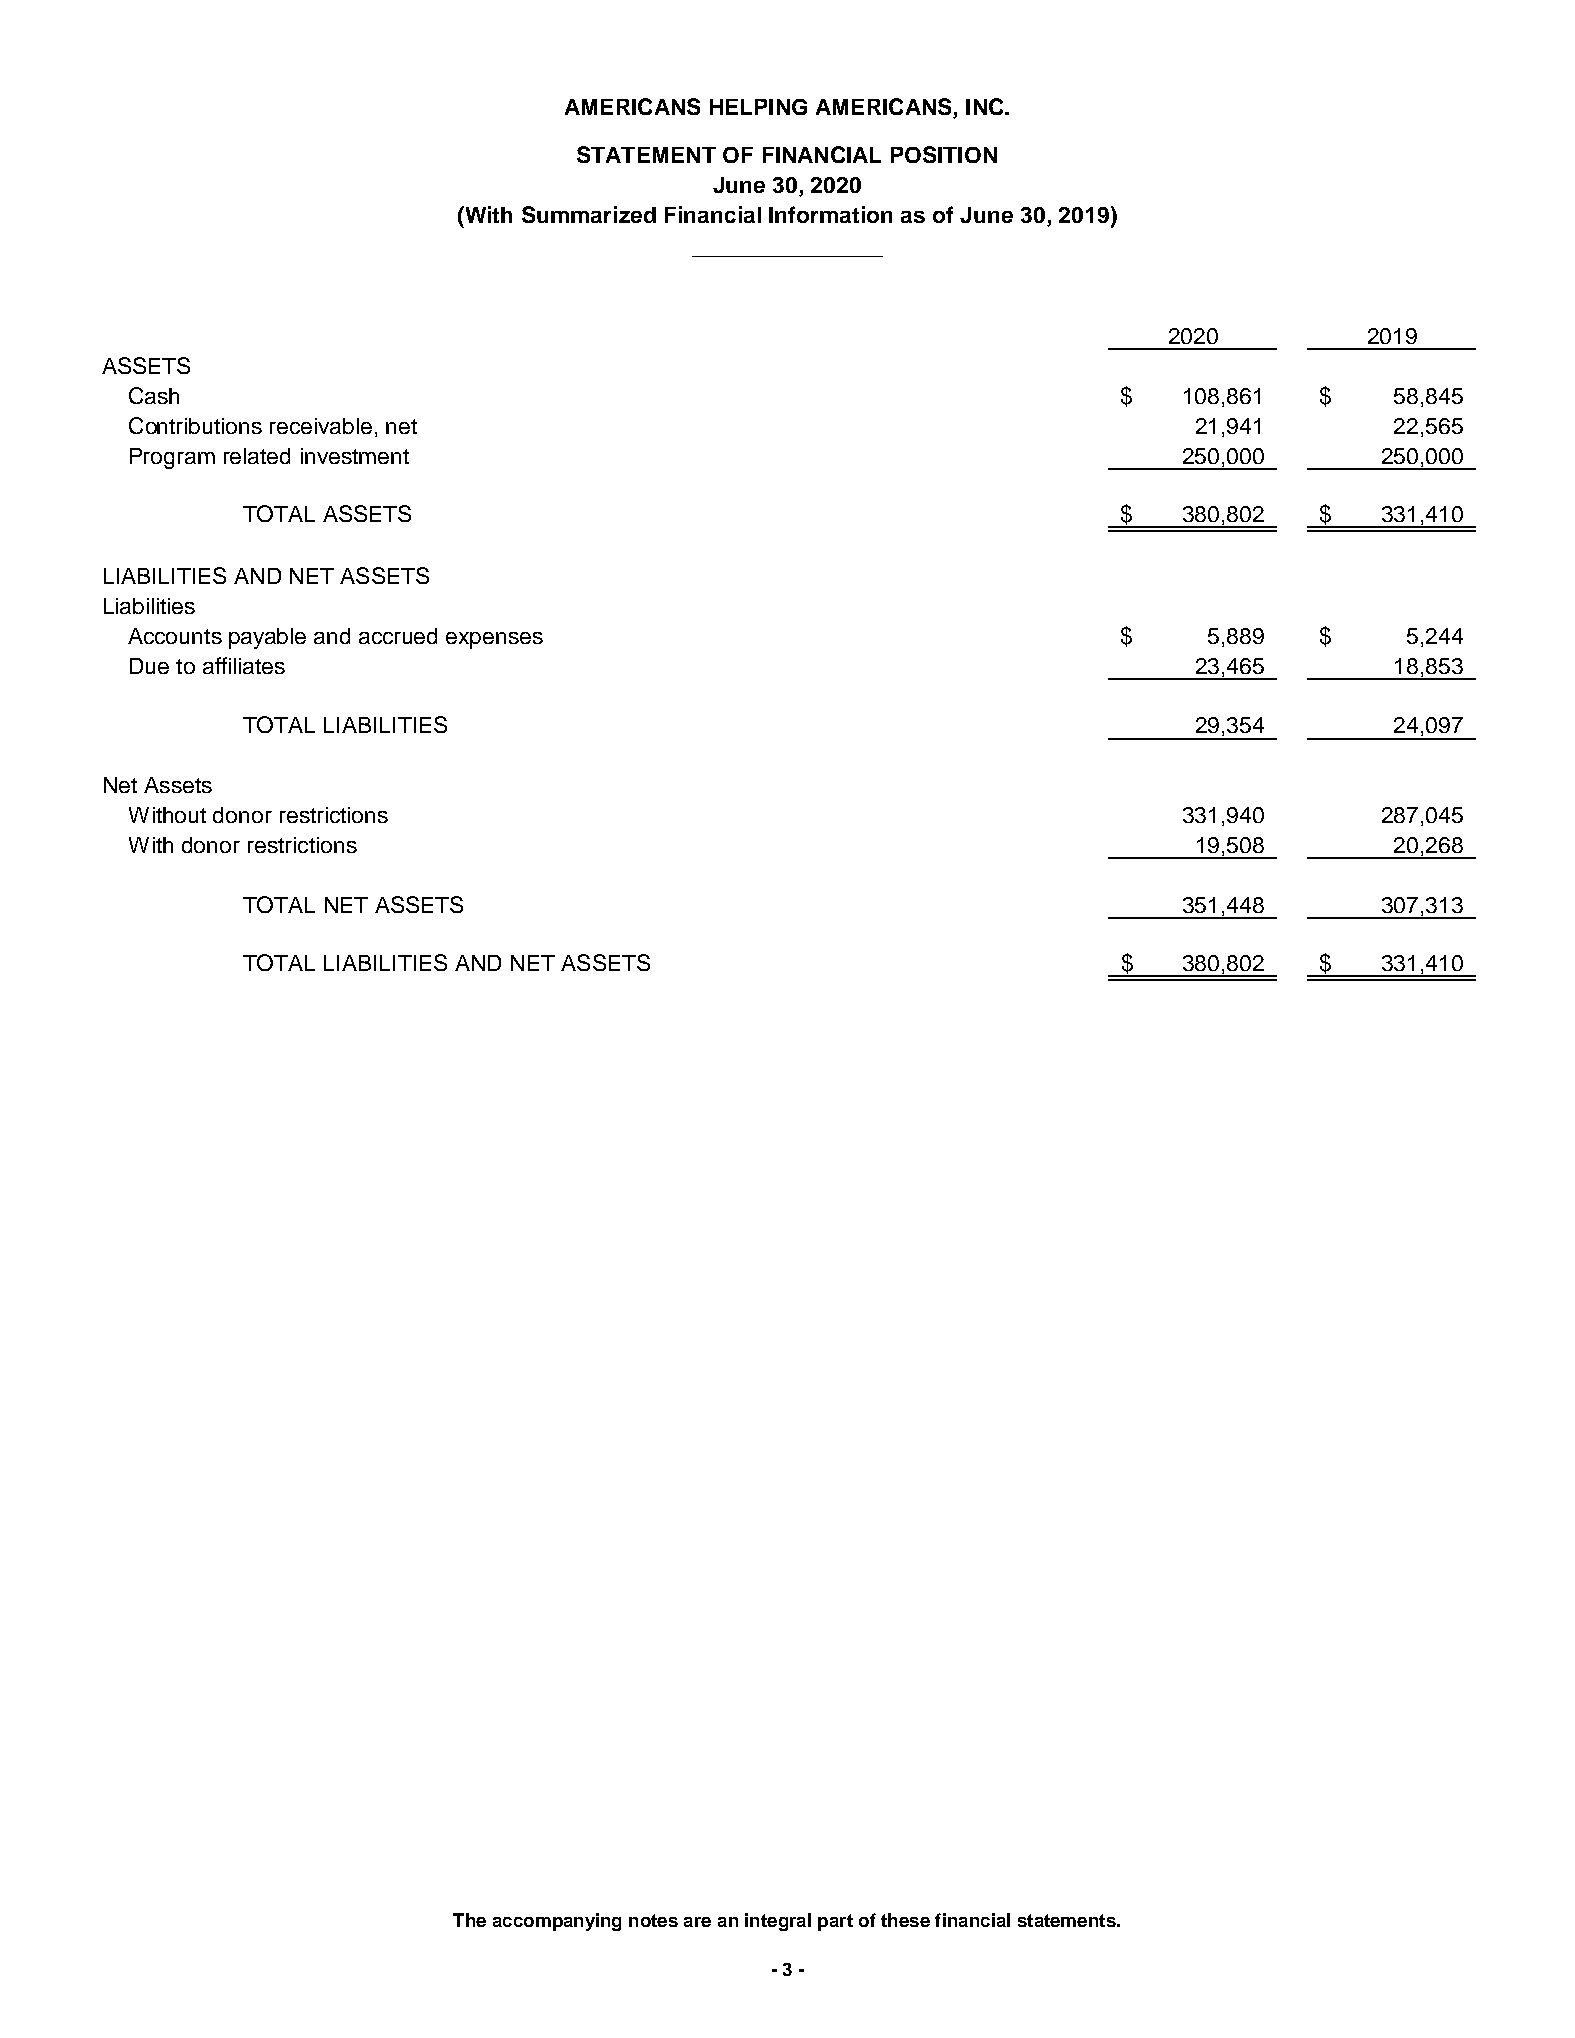
AMERICANS HELPING AMERICANS, INC.
 STATEMENT OF FINANCIAL POSITION
 June 30, 2020
 (With Summarized Financial Information as of June 30, 2019)
 _______________
 2020         2019
 ASSETS
 Cash                                                              $   108,861  $    58,845
 Contributions receivable, net                                          21,941       22,565
 Program related investment                                            250,000      250,000
 TOTAL ASSETS                                              $   380,802  $   331,410
 LIABILITIES AND NET ASSETS
 Liabilities
 Accounts payable and accrued expenses                             $     5,889  $     5,244
 Due to affiliates                                                      23,465       18,853
 TOTAL LIABILITIES                                              29,354       24,097
 Net Assets
 Without donor restrictions                                            331,940      287,045
 With donor restrictions                                                19,508       20,268
 TOTAL NET ASSETS                                              351,448      307,313
 TOTAL LIABILITIES AND NET ASSETS                          $   380,802  $   331,410
 The accompanying notes are an integral part of these financial statements.
 - 3 -